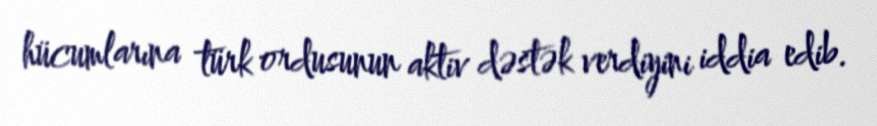
hücumlarına türk ordusunun aktiv dəstək verdiyini iddia edib.